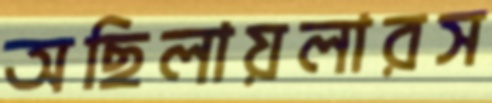
অছিলায়লারস